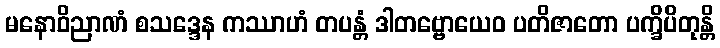
မနောဝိညာဏံ စသဒ္ဒေန ကဿာဟံ တပန္တံ ဒါတဗ္ဗောယေဝ ပတိဇာတော ပက္ခိပိတုန္တိ